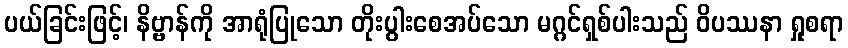
ပယ်ခြင်းဖြင့်၊ နိဗ္ဗာန်ကို အာရုံပြုသော တိုးပွါးစေအပ်သော မဂ္ဂင်ရှစ်ပါးသည် ဝိပဿနာ ရှုစရာ